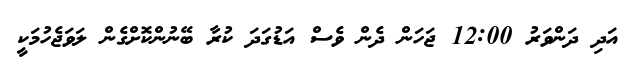
އަދި ދަންވަރު 12:00 ޖަހަން ދެން ވެސް އަޑުގަދަ ކުރާ ބޭނުންކޮށްގެން ލަވަޖެހުމަކީ